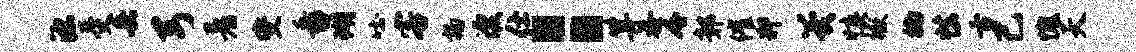
源受兵弓着燮番瑚吐客扬漂仕：算吞千鄣催狎翼慎徽楠怯舌己愧天